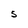
Character: 5